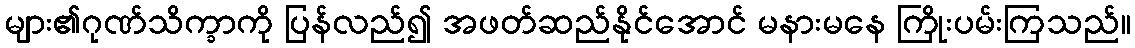
များ၏ဂုဏ်သိက္ခာကို ပြန်လည်၍ အဖတ်ဆည်နိုင်အောင် မနားမနေ ကြိုးပမ်းကြသည်။